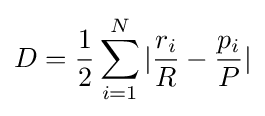
D={\frac {1}{2}}\sum _{i=1}^{N}|{\frac {r_{i}}{R}}-{\frac {p_{i}}{P}}|